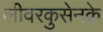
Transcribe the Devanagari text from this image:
लीवरकुसेनके